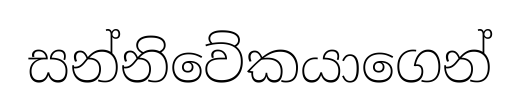
සන්නිවේකයාගෙන්